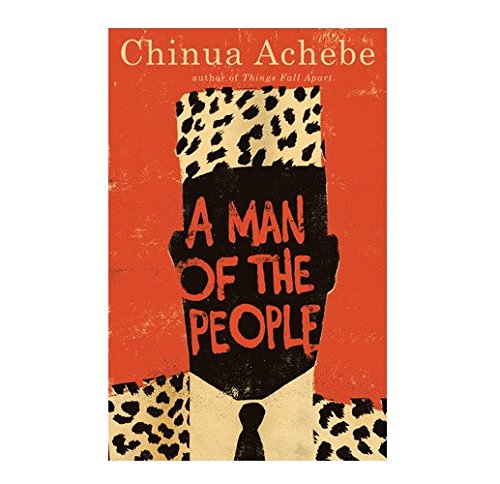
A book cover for A Man of the People; Chinua Achebe; Literature & Fiction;